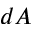
d A